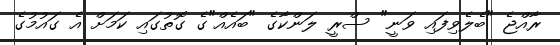
ރާއްޖެ "ބެލެވިފައި ވަނީ" ސްރީ ލަންކާގެ "ބައެއް"ގެ ގޮތުގައި ކަމަށް އެ ގައުމުގެ